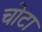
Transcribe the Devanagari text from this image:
चोटा